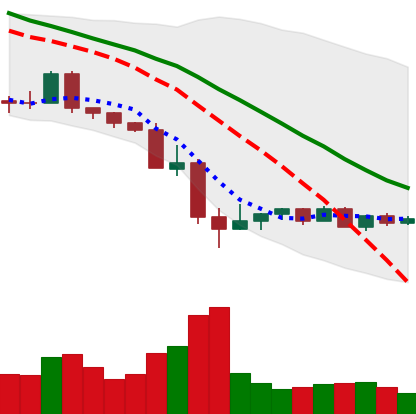
Ticker: NEO-USD
Chart end date: 2022-05-21
Forward return: 3.625%
Label: up_3_5